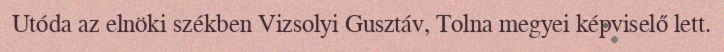
Utóda az elnöki székben Vizsolyi Gusztáv, Tolna megyei képviselő lett.